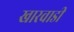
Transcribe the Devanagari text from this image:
खारवाडी